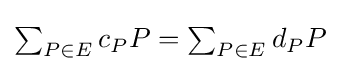
{\textstyle \sum _{P\in E}{c_{P}P}=\sum _{P\in E}{d_{P}P}}